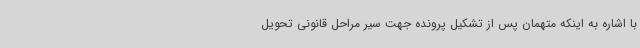
با اشاره به اینکه متهمان پس از تشکیل پرونده جهت سیر مراحل قانونی تحویل